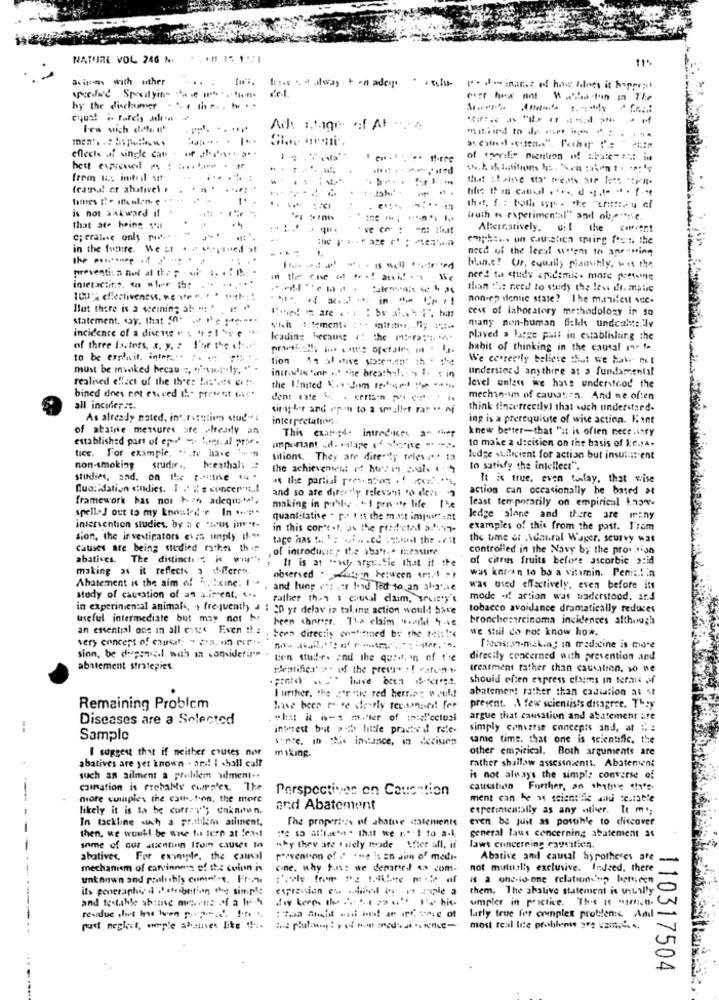
NATURE VOL 246 N.
11%
Beipens with other
... .
. sator u. deinanc of has adoes it hoppet
hy the dischimgr . "- the -. b. ..
Few sich dolu'
eflecte af single cat
hett evenved
frauut ar ahativel .
-..
tifre Iten cattell . . r ., d .; . te " . f. +t
1.
is not awkward if
Wuth . experimental" and ole.r.e.
That are being s'il
.......
Alternatively, dil the cover!
c; eraine only r.
in the future. We :1
need of the legal seem to anr-ning
the ...... unce .44
preventi: a hol al the p - wi-
blan.c ? Ur. equally phanhly, w et the
need to study epidemic. more preting
interactits. to wler the
than the need to study the less dr. malic
ICH effectiveness, we wir ···
non-en sentic state? "The matifest sec-
Blut there is a wceining ab : ' ⑈ "
cess of laboratory methodology in so
statement, say. that 50. .. le site ....
incidence of a discute r : r :love
vhh :: tement: :* if :... "; 1 **
many non-human fikk undculte.'lv
plaved a large part in establishing the
of three factors, x, y. : l'or the (!"
habit of thinking in the causal rar f ..
to be ezricit, inter. .. . . . ..
lion
We cefreely believe that we haw not
must be moked hecau-T, houses -- ly, "" .
inur.whin 'int ... the breathh. . . I. t in
understand anythire at a fundarcental
realised effect of the th'es !as".es er!".
bined does not etered IL- print out'
the limited Er -Jam IN : ***
level unless we hass understood the
mechin:im of causation. And ne often
all incider.c.
think finstreetly) that such understand-
As already nated. int.rysytiva study:
interpretaling,
ing is a prerequisite of wise action. Kant
of atative mesures are already an
This examede introduces an "het
knew better-that "it is often neceuttry
established part of eno , hogy. al prof.
. For example. .. to have tun
important .d. mtape 1- seite =* --*
to make a decision on the basis of $:c.) ..
sitions. They are dire"ty relevar ta
Judge sullecient for action but insulti: ent
non-smoking
srudor .. breathaly -::
the achievement of hurt is sal. 4 4
to satisfy the intellect".
studies, sad. on the r-vitne * *
as the partial preseason . f .** s,
It is true, even torlay, that wise
Que: ation cndies. I .' :' s concert ..!
and so are directly relevant to delt 7
action can occasionally he based >t
framework has not zo adequ :.
least temporarily on empirical know-
spell>J out to my knowled e In "".
making in pohle . I pris .te life. 1'e
quantitative . p tit the most important
ledge alone and there are many
intervention studies, by z c "wus inese.
in this con'est, as the predicted afsin-
examples of this from the past. I'rom
sion, the investigators evas imply il ...
tage has & ": sai .. . el stad the .ett
the time at Admiral Wager, seurvy was
causes are being studied rather this
of introduct; the 353't .. measure.
controlled in the Navy by the pros iso
abatives. The distinct: . i w".
of citrus fruits before ascorbic s:id
making at it reflects a differen.
It is at "wy arst Lie that it the
was knecan to bo a vitamin. Peni :. 1 in
observed : re:ween : 1 -1
Abatement is the aim of . .. cine: I's , and lung ('s .er fond led to an al.sie
was used effectively, even before its
study of causation of an aliment. ...
Father then i coufal claim, LuiE'y's
mode of action was baderstood. ar.d
in experimental animals, > frequently a : 20 yr delav in taking action would have
tobacco avoidance dramatically reduces
useful intermediate but may not be
been choress. The claim will 4.40
bronchocarcinoma incidences although
we stil do not know how.
an essential ons in all ent: Even Ils . tera directly onmtifined be the Mel: !:
very concept of cautat: " 25. 1 ou-
[evis:37-making in medicine is more
sinn, be dingenal with in considerir" .
Lien stude. and the quait. in of t're
direcily concerned with prevention and
abatement strategies
identifica'te . of the prewar : ! caren-+-
treatment rather than causation, so ne
should often express claims in teraus of
abatemer! rather than cadiation as st
[ urther, the cor ntic red herring would
Remaining Problem
have been m-se derly tecsonised! for
present. A few scientists disagree. They
Diseases are a Selected
what it is-a matter of said'cetusi
argue that causation and abatement Ate
--
inprest but och little practsal rete-
simply converse concepts and, at ::
Sample
vorce, in : instance, in decision
same time. that one is scientific, the
I suggest that if neither causes nor
other empirical. Both arguments are
abatives are yet known . ard! i .hall calf
miking.
rather shallow assessmentt. Abatement
such an aiment a problem uiment -.
is not always the simple converse of
Cination is Freballs curslet "The
Perspectives on Couention
causation Further, an shative ch's-
-
more cumples the catt. t.on, the more
ment can be as scientific and sestable
likely it is to be curri''; enknown.
and Abatement
experimentally as any other. It m';
In tackling wah a prithim atlinent.
The propertess of ahative statements
even be just as postihle to discover
then, we wuuhf be ane tu lern at least
18 so all'n . that we n.º-1 to a-L
general taus concerning abatement as
some of our attention Itom causes to
why they are tuely mode After all, if
laws concerning cauvitien.
abotivec, For example, the cancel
prevention of " "he is an Jim of medi-
Abative and causal hypotheses are
mechanism of carvinnnn of the coinn is
cine. why tuas: we denared sa com.
not mutually exclusive. Indeed, there
unknown and probably come'.r. Fr-in
1 2 one-to-one relation'nin hettech
its geographic . . Jefront'in the simple
them. The ahalive statement is usually
and festahle abitive mewout of a ly-4
umpler in practice. The st martin-
larly true for complex problene And
post neglect, ample states like it
most real-life probleme 312 zam ;....
110317504